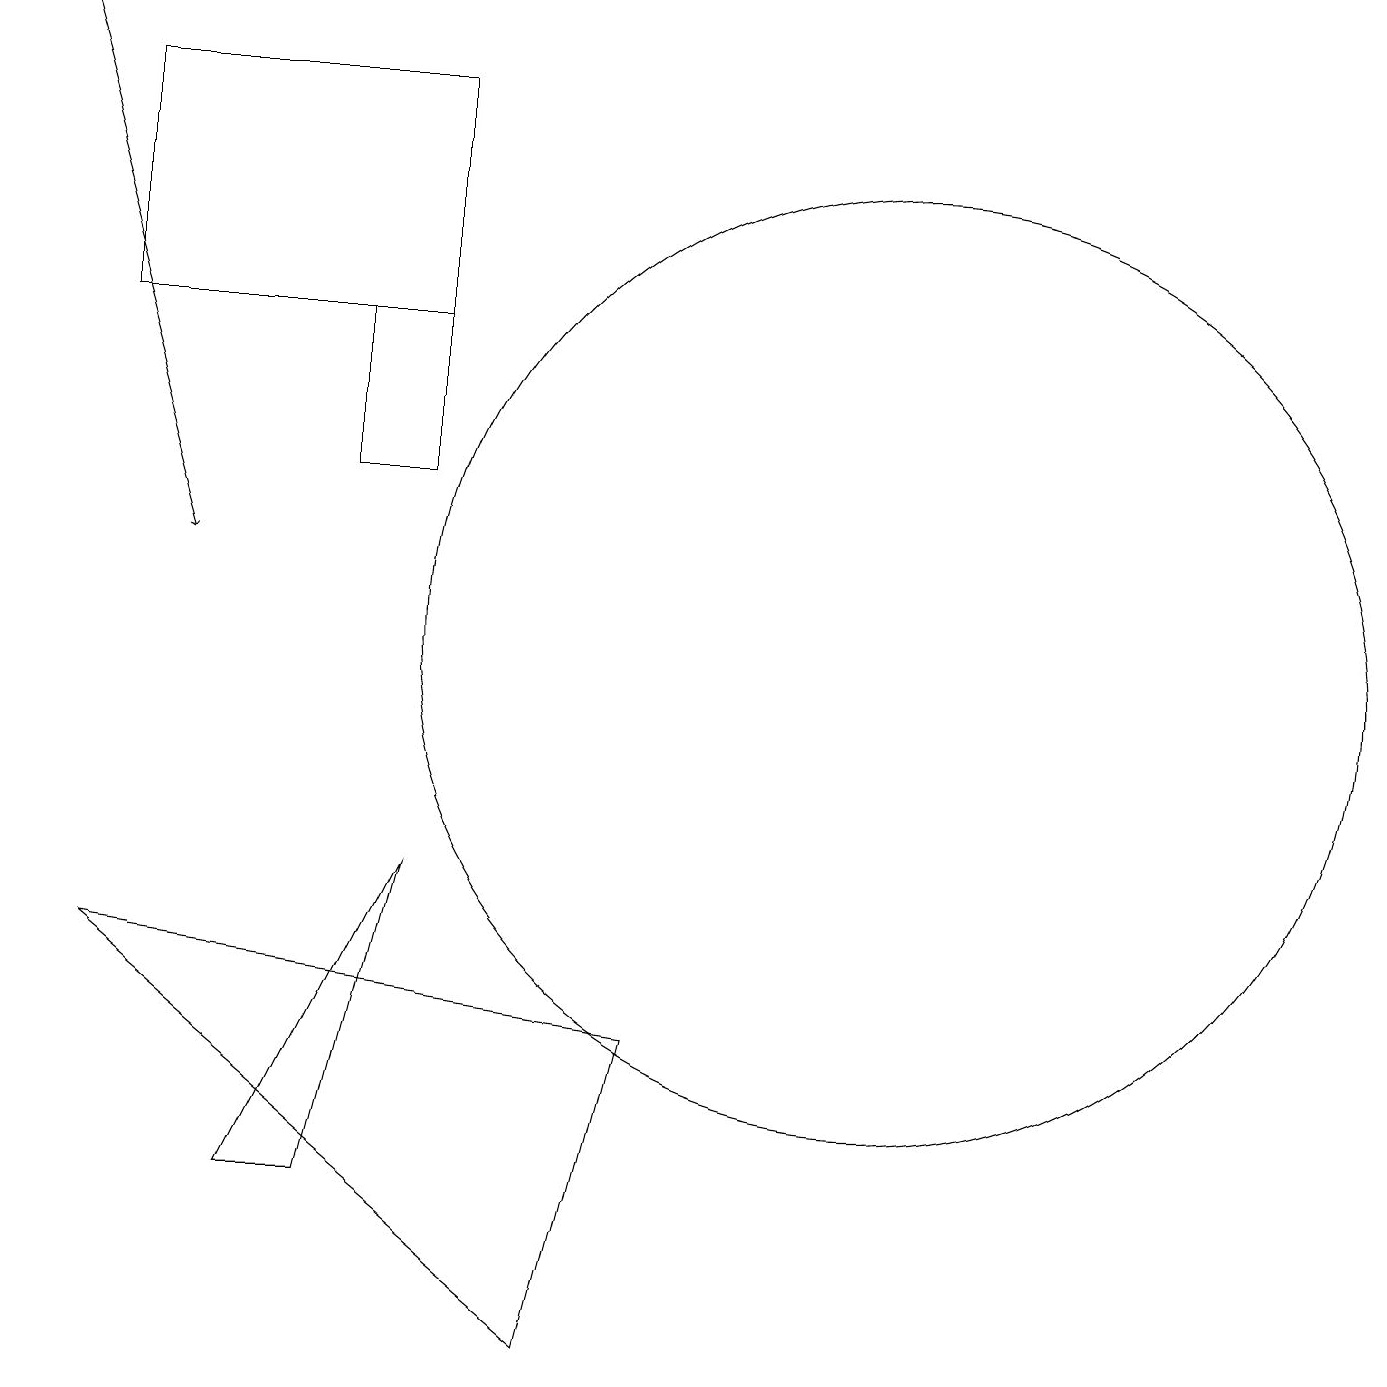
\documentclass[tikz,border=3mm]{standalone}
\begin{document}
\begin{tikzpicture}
\draw (5,14) rectangle (6,12);
\draw (8,1) -- (2,6) -- (9,5) -- cycle;
\draw[->] (1,18) -- (3,11);
\draw (2,14) rectangle (6,17);
\draw (5,3) -- (4,3) -- (6,7) -- cycle;
\draw (12,10) circle (6);
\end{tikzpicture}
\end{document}